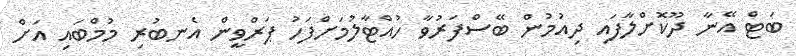
ބަޓް އޭނާ ދޫކޮށްލާފައި ދިއުމުން ބޭސްފަރުވާ ހުއްޓާލުމަށްފަހު ޕަރްވީން އެނބުރި މުމްބައި އަށް